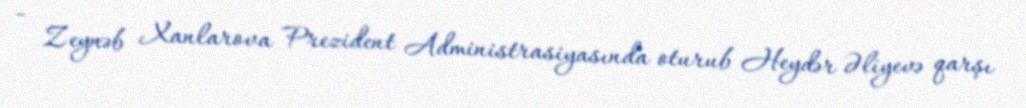
- Zeynəb Xanlarova Prezident Administrasiyasında oturub Heydər Əliyevə qarşı